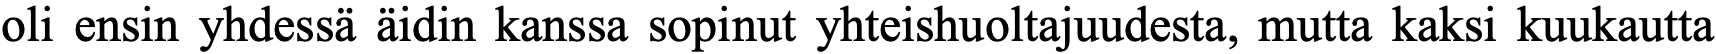
oli ensin yhdessä äidin kanssa sopinut yhteishuoltajuudesta, mutta kaksi kuukautta